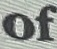
of